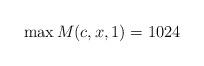
LaTeX: \begin{align*}\max M(c,x,1)=1024\end{align*}